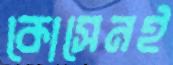
কোসেনই